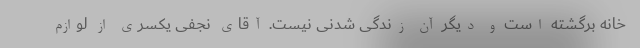
خانه برگشته است و دیگر آن زندگی شدنی نیست. آقای نجفی یکسری از لوازم